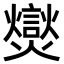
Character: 爕